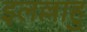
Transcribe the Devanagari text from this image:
इलल्लाहु